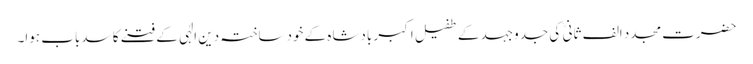
حضرت مجدد الف ثانی ؒ کی جدوجہد کے طفیل اکبر بادشاہ کے خودساختہ دین الٰہی کے فتنے کا سدباب ہوا۔